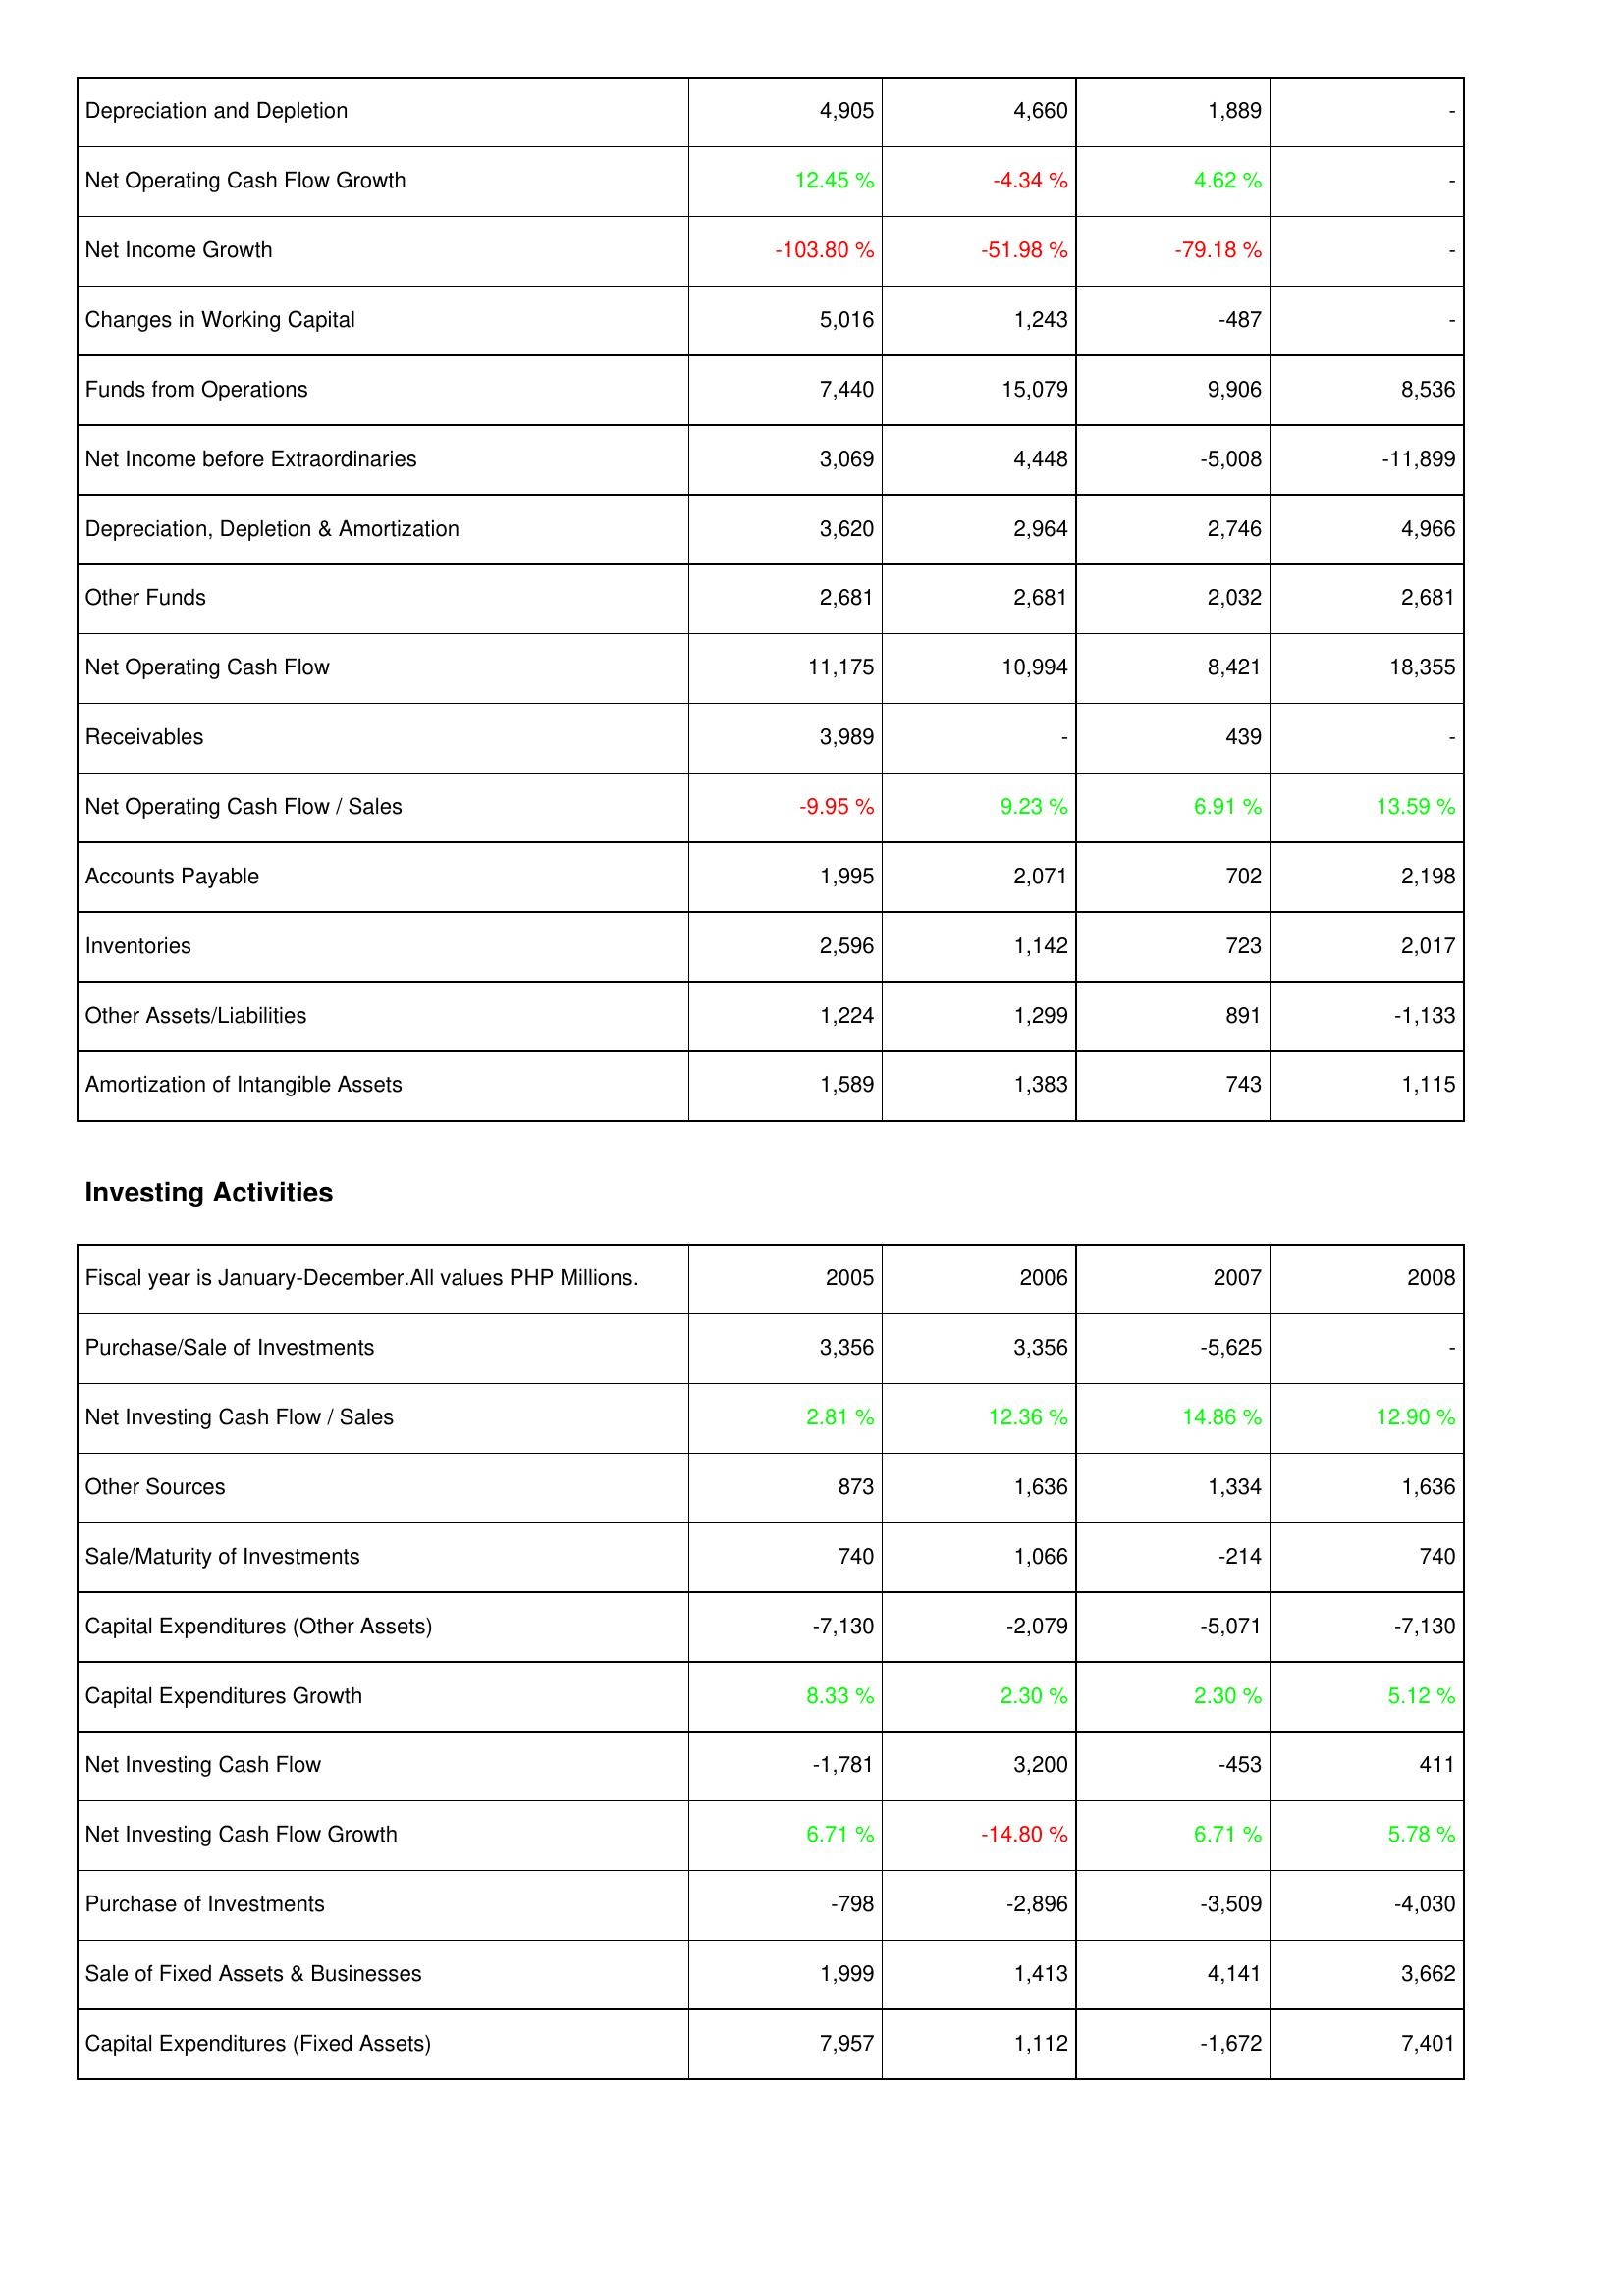
2005: Operating Activities: Depreciation and Depletion: 4,905
Net Operating Cash Flow Growth: 12.45 %
Net Income Growth: -103.80 %
Changes in Working Capital: 5,016
Funds from Operations: 7,440
Net Income before Extraordinaries: 3,069
Depreciation, Depletion & Amortization: 3,620
Other Funds: 2,681
Net Operating Cash Flow: 11,175
Receivables: 3,989
Net Operating Cash Flow / Sales: -9.95 %
Accounts Payable: 1,995
Inventories: 2,596
Other Assets/Liabilities: 1,224
Amortization of Intangible Assets: 1,589
Investing Activities: Purchase/Sale of Investments: 3,356
Net Investing Cash Flow / Sales: 2.81 %
Other Sources: 873
Sale/Maturity of Investments: 740
Capital Expenditures (Other Assets): -7,130
Capital Expenditures Growth: 8.33 %
Net Investing Cash Flow: -1,781
Net Investing Cash Flow Growth: 6.71 %
Purchase of Investments: -798
Sale of Fixed Assets & Businesses: 1,999
Capital Expenditures (Fixed Assets): 7,957
2006: Operating Activities: Depreciation and Depletion: 4,660
Net Operating Cash Flow Growth: -4.34 %
Net Income Growth: -51.98 %
Changes in Working Capital: 1,243
Funds from Operations: 15,079
Net Income before Extraordinaries: 4,448
Depreciation, Depletion & Amortization: 2,964
Other Funds: 2,681
Net Operating Cash Flow: 10,994
Receivables: -
Net Operating Cash Flow / Sales: 9.23 %
Accounts Payable: 2,071
Inventories: 1,142
Other Assets/Liabilities: 1,299
Amortization of Intangible Assets: 1,383
Investing Activities: Purchase/Sale of Investments: 3,356
Net Investing Cash Flow / Sales: 12.36 %
Other Sources: 1,636
Sale/Maturity of Investments: 1,066
Capital Expenditures (Other Assets): -2,079
Capital Expenditures Growth: 2.30 %
Net Investing Cash Flow: 3,200
Net Investing Cash Flow Growth: -14.80 %
Purchase of Investments: -2,896
Sale of Fixed Assets & Businesses: 1,413
Capital Expenditures (Fixed Assets): 1,112
2007: Operating Activities: Depreciation and Depletion: 1,889
Net Operating Cash Flow Growth: 4.62 %
Net Income Growth: -79.18 %
Changes in Working Capital: -487
Funds from Operations: 9,906
Net Income before Extraordinaries: -5,008
Depreciation, Depletion & Amortization: 2,746
Other Funds: 2,032
Net Operating Cash Flow: 8,421
Receivables: 439
Net Operating Cash Flow / Sales: 6.91 %
Accounts Payable: 702
Inventories: 723
Other Assets/Liabilities: 891
Amortization of Intangible Assets: 743
Investing Activities: Purchase/Sale of Investments: -5,625
Net Investing Cash Flow / Sales: 14.86 %
Other Sources: 1,334
Sale/Maturity of Investments: -214
Capital Expenditures (Other Assets): -5,071
Capital Expenditures Growth: 2.30 %
Net Investing Cash Flow: -453
Net Investing Cash Flow Growth: 6.71 %
Purchase of Investments: -3,509
Sale of Fixed Assets & Businesses: 4,141
Capital Expenditures (Fixed Assets): -1,672
2008: Operating Activities: Depreciation and Depletion: -
Net Operating Cash Flow Growth: -
Net Income Growth: -
Changes in Working Capital: -
Funds from Operations: 8,536
Net Income before Extraordinaries: -11,899
Depreciation, Depletion & Amortization: 4,966
Other Funds: 2,681
Net Operating Cash Flow: 18,355
Receivables: -
Net Operating Cash Flow / Sales: 13.59 %
Accounts Payable: 2,198
Inventories: 2,017
Other Assets/Liabilities: -1,133
Amortization of Intangible Assets: 1,115
Investing Activities: Purchase/Sale of Investments: -
Net Investing Cash Flow / Sales: 12.90 %
Other Sources: 1,636
Sale/Maturity of Investments: 740
Capital Expenditures (Other Assets): -7,130
Capital Expenditures Growth: 5.12 %
Net Investing Cash Flow: 411
Net Investing Cash Flow Growth: 5.78 %
Purchase of Investments: -4,030
Sale of Fixed Assets & Businesses: 3,662
Capital Expenditures (Fixed Assets): 7,401